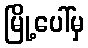
မြို့ပေါ်မှ